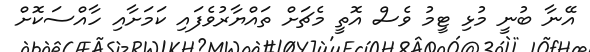
އޭނާ ބުނީ މުޅި ޓީމު ވެސް އޮތީ މެޗަށް ތައްޔާރުވެފައި ކަމަށާއި ހާއްސަކޮށް